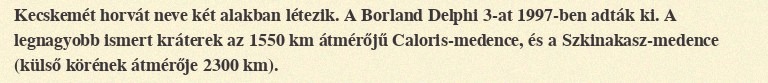
Kecskemét horvát neve két alakban létezik. A Borland Delphi 3-at 1997-ben adták ki. A legnagyobb ismert kráterek az 1550 km átmérőjű Caloris-medence, és a Szkinakasz-medence (külső körének átmérője 2300 km).